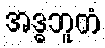
အဒ္ဓဘူတံ